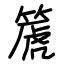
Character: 篪